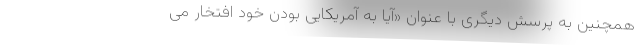
همچنین به پرسش دیگری با عنوان «آیا به آمریکایی بودن خود افتخار می